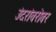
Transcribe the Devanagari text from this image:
उंदरांबरोबर